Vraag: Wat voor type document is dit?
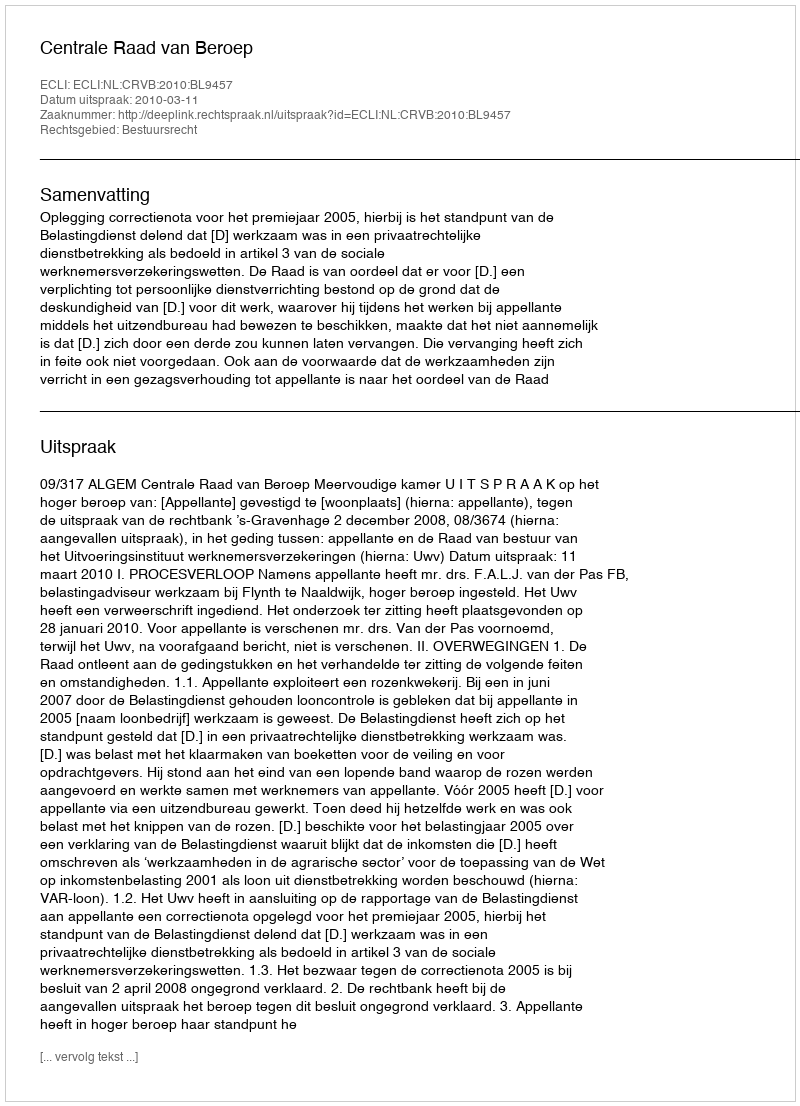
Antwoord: Uitspraak